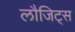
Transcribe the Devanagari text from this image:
लौजिट्स